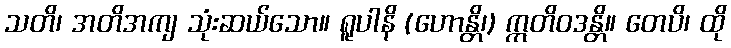
သတိ၊ အတိအကျ သုံးဆယ်သော။ ရူပါနိ (ဟောန္တိ၊) ဣတိဝဒန္တိ။ တေပိ၊ ထို